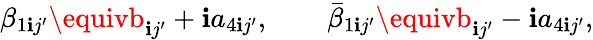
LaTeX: \beta_{1\mathbf{i}j^{\prime}}\equivb_{\mathbf{i}j^{\prime}}+\mathbf{i}a_{4\mathbf{i}j^{\prime}},\qquad\bar{{\beta}}_{1\mathbf{i}j^{\prime}}\equivb_{\mathbf{i}j^{\prime}}-\mathbf{i}a_{4\mathbf{i}j^{\prime}},